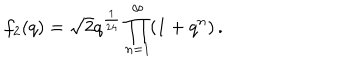
f _ { 2 } ( q ) = \sqrt { 2 } q ^ { \frac { 1 } { 2 4 } } \prod _ { n = 1 } ^ { \infty } ( 1 + q ^ { n } ) \, .